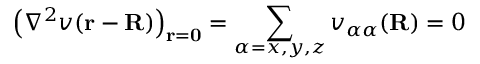
\left( \nabla ^ { 2 } v ( \mathbf { r } - \mathbf { R } ) \right) _ { \mathbf { r } = \mathbf { 0 } } = \sum _ { \alpha = x , y , z } v _ { \alpha \alpha } ( \mathbf { R } ) = 0